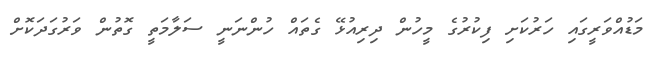
މަޑުއްވަރީގައި ހަރުކަށި ފިކުރުގެ މީހުން ދިރިއުޅޭ ގެތައް ހުންނަނީ ސަލާމަތީ ގޮތުން ވަރުގަދަކޮށް